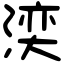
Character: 湙